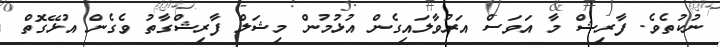
ނުކުތެވެ. ފާރިޝް މާ އަވަސް އަރުވާލައިގެން އުޅުމުން މިޝަލް ފާރިޝްގާތު ވެގެން އުޅޭގޮތް